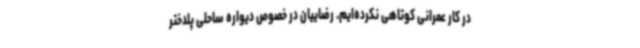
در کار عمرانی کوتاهی نکرده‌ایم. رضاییان در خصوص دیواره ساحلی پلدختر